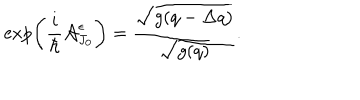
LaTeX: \exp \left( \frac { i } { \hbar } { \cal A } _ { J _ { 0 } } ^ { \epsilon } \right) = \frac { \sqrt { g ( q - \Delta q ) } } { \sqrt { g ( q ) } } .